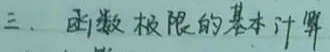
三、函数极限的基本计算